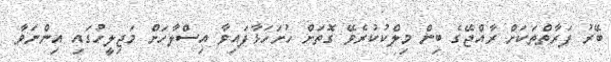
ބޭރު ފަރާތްތަކަށް ރާއްޖޭގެ ބިން މިލްކުކުރެވޭ ގޮތަށް ހުށަހަޅާފައިވާ އިސްލާހަށް މަޖިލީހުގައި އިންނަވާ